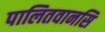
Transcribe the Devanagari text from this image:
पालितवानसि